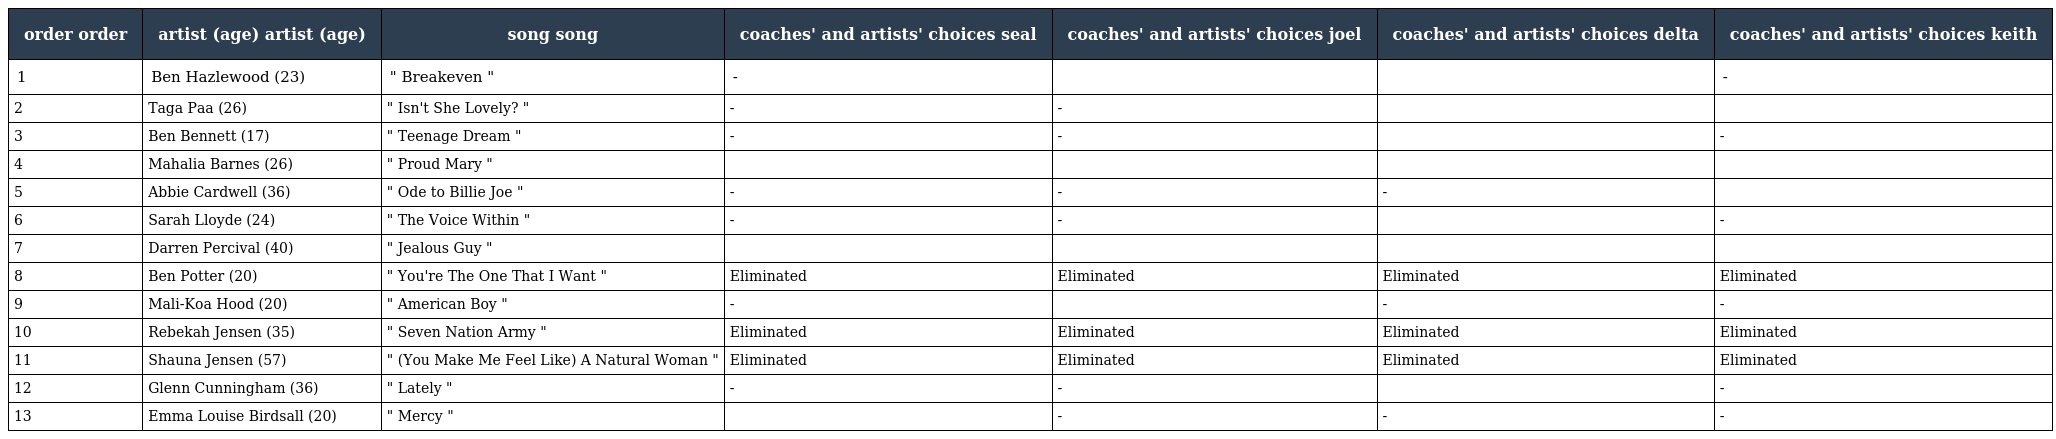
| order order | artist (age) artist (age) | song song | coaches' and artists' choices seal | coaches' and artists' choices joel | coaches' and artists' choices delta | coaches' and artists' choices keith |
 | --- | --- | --- | --- | --- | --- | --- |
 | 1 | Ben Hazlewood (23) | " Breakeven " | - |  |  | - |
 | 2 | Taga Paa (26) | " Isn't She Lovely? " | - | - |  |  |
 | 3 | Ben Bennett (17) | " Teenage Dream " | - | - |  | - |
 | 4 | Mahalia Barnes (26) | " Proud Mary " |  |  |  |  |
 | 5 | Abbie Cardwell (36) | " Ode to Billie Joe " | - | - | - |  |
 | 6 | Sarah Lloyde (24) | " The Voice Within " | - | - |  | - |
 | 7 | Darren Percival (40) | " Jealous Guy " |  |  |  |  |
 | 8 | Ben Potter (20) | " You're The One That I Want " | Eliminated | Eliminated | Eliminated | Eliminated |
 | 9 | Mali-Koa Hood (20) | " American Boy " | - |  | - | - |
 | 10 | Rebekah Jensen (35) | " Seven Nation Army " | Eliminated | Eliminated | Eliminated | Eliminated |
 | 11 | Shauna Jensen (57) | " (You Make Me Feel Like) A Natural Woman " | Eliminated | Eliminated | Eliminated | Eliminated |
 | 12 | Glenn Cunningham (36) | " Lately " | - | - |  | - |
 | 13 | Emma Louise Birdsall (20) | " Mercy " |  | - | - | - |